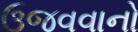
ઉજવવાનો